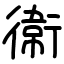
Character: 𫟘